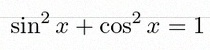
\sin^2x+\cos^2x=1